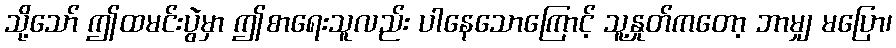
သို့သော် ဤထမင်းပွဲမှာ ဤစာရေးသူလည်း ပါနေသောကြောင့် သူ့နှုတ်ကတော့ ဘာမျှ မပြော၊